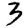
Digit: 3